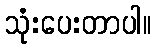
သုံးပေးတာပါ။